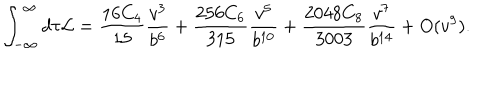
\int _ { - \infty } ^ { \infty } d \tau { \cal L } = \frac { 1 6 C _ { 4 } } { 1 5 } \frac { v ^ { 3 } } { b ^ { 6 } } + \frac { 2 5 6 C _ { 6 } } { 3 1 5 } \frac { v ^ { 5 } } { b ^ { 1 0 } } + \frac { 2 0 4 8 C _ { 8 } } { 3 0 0 3 } \frac { v ^ { 7 } } { b ^ { 1 4 } } + O ( v ^ { 9 } ) .